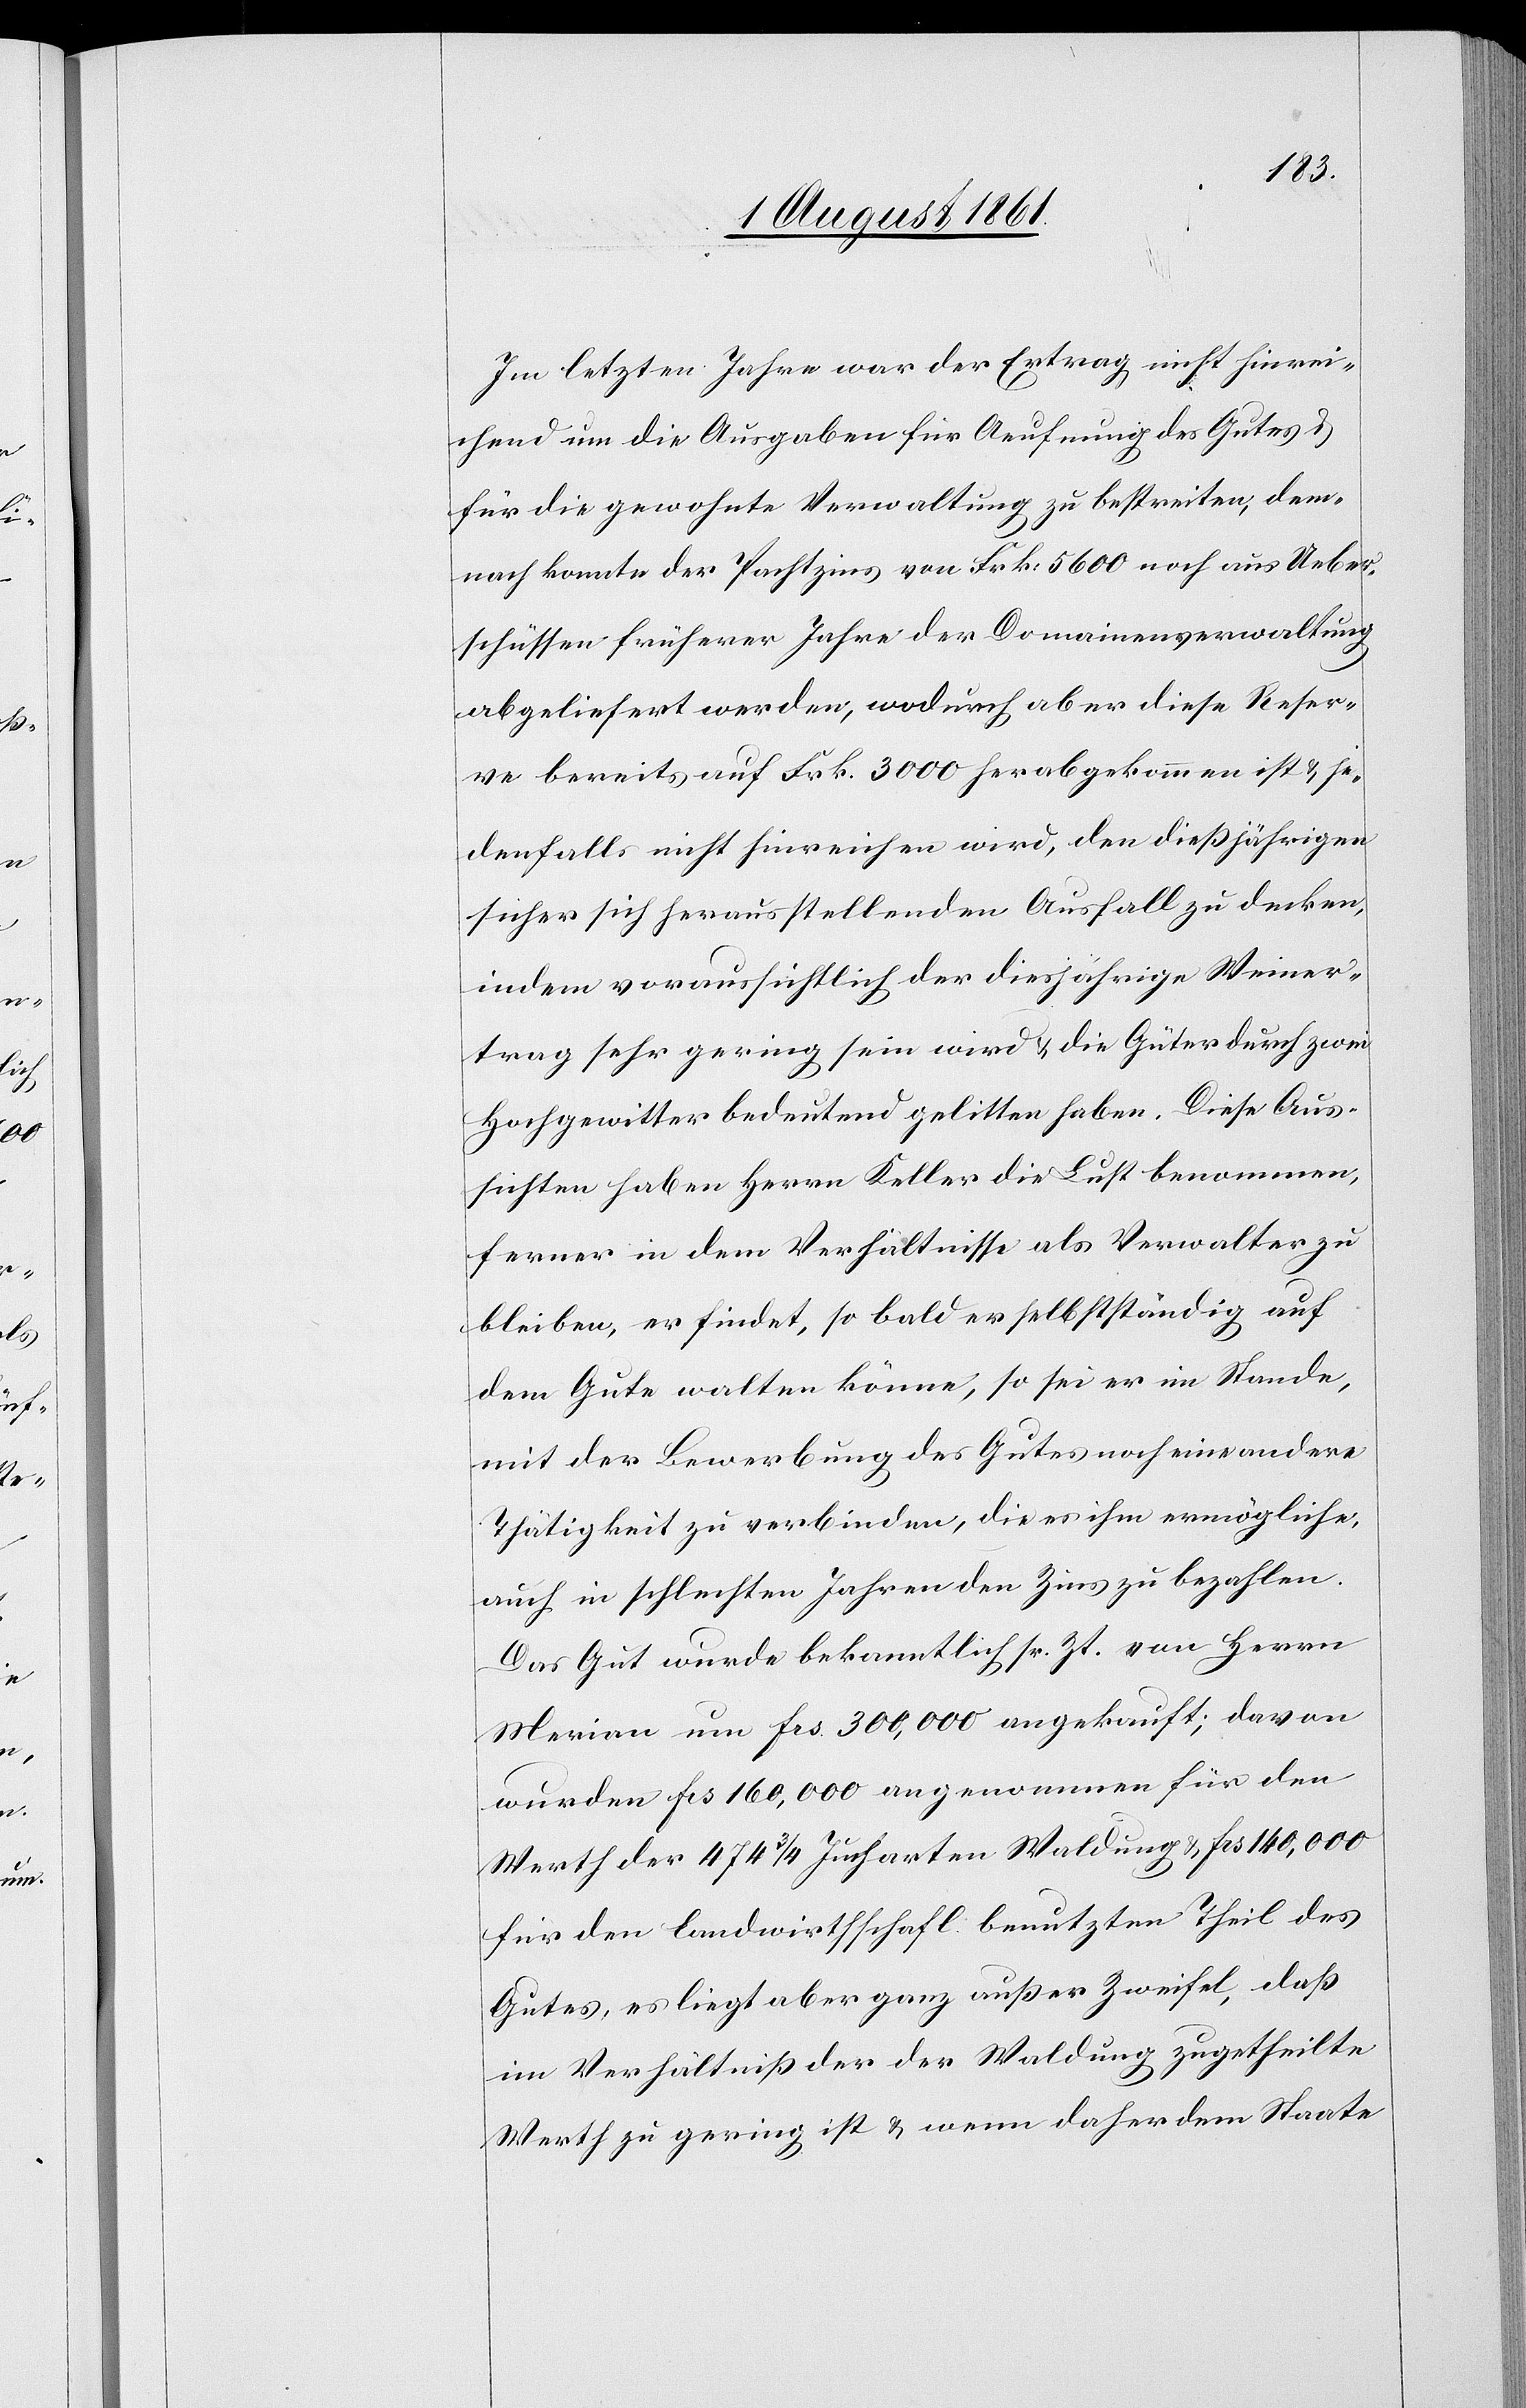
Im letzten Jahre war der Ertrag nicht hinrei¬
chend um die Ausgaben für Aeufnung des Gutes u.
für die gewohnte Verwaltung zu bestreiten, dem¬
nach konnte der Pachtzins von Frk. 5600 noch aus Ueber¬
schüssen früherer Jahre der Domainenverwaltung
abgeliefert werden, wodurch aber diese Reser¬
ve bereits auf Frk. 3000 herabgekommen ist u. je¬
denfalls nicht hinreichen wird, den dießjährigen
sicher sich herausstellenden Ausfall zu decken,
indem voraussichtlich der diesjährige Weiner¬
trag sehr gering sein wird u. die Güter durch zwei
Hochgewitter bedeutend gelitten haben. Diese Aus¬
sichten haben Herrn Keller die Lust benommen,
ferner in dem Verhältnisse als Verwalter zu
bleiben, er findet, so bald er selbständig auf
dem Gute walten könne, so sei er im Stande,
mit der Bewerbung des Gutes noch eine andere
Thätigkeit zu verbinden, die es ihm ermögliche,
auch in schlechten Jahren den Zins zu bezahlen.
Das Gut wurde bekanntlich sr. Zt. von Herrn
Merian um frs 300,000 angekauft; davon
wurden frs 160,000 angenommen für den
Werth des 474 3/4 Jucharten Waldung u. frs 140,000
für den landwirthschaftl. benutzten Theil des
Gutes, es liegt aber ganz außer Zweifel, daß
im Verhältniß der der Waldung zugetheilte
Werth zu gering ist u. wenn daher dem Staate